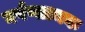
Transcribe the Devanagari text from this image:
घर्षणात्मक